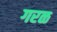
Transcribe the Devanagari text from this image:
गरळ